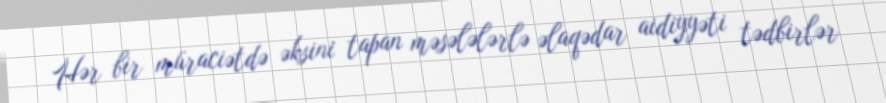
Hər bir müraciətdə əksini tapan məsələlərlə əlaqədar aidiyyəti tədbirlər